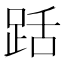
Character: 䟯